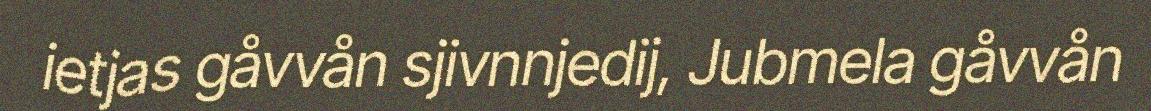
ietjas gåvvån sjivnnjedij, Jubmela gåvvån